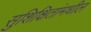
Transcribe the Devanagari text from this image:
सुशिक्षितांमधील